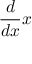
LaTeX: { \frac { d } { d x } } x